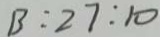
B : 2 7 : 1 0